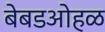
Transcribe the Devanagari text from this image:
बेबडओहळ